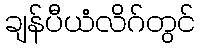
ချန်ပီယံလိဂ်တွင်